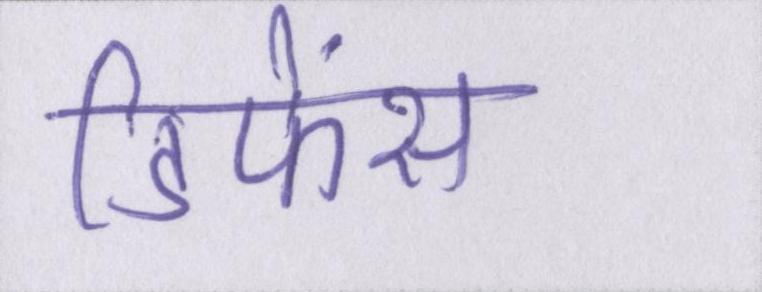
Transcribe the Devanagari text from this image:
डिफेंस